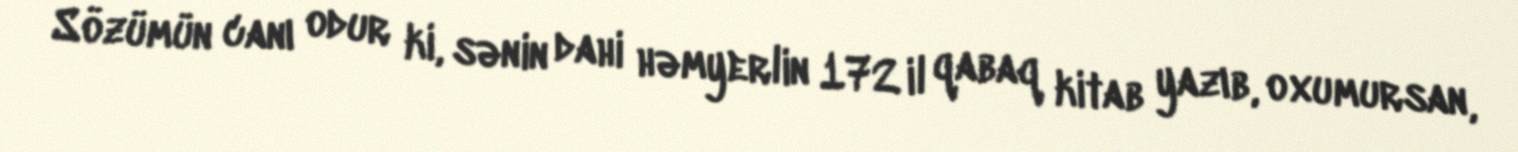
Sözümün canı odur ki, sənin dahi həmyerlin 172 il qabaq kitab yazıb, oxumursan,